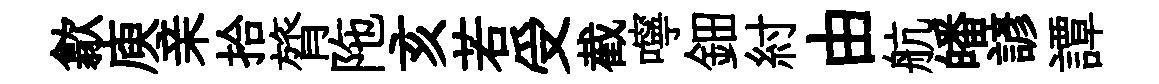
歙庾亲拾膂陁亥若受截嚀鈿紂由航皤諺譚